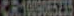
CR1009065235